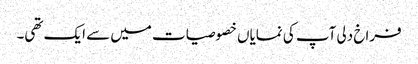
فراخ دلی آپ کی نمایاں خصوصیات میں سے ایک تھی۔